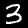
Digit: 3